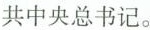
共中央总书记。